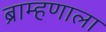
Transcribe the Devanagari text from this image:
ब्राम्हणाला